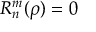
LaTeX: R _ { n } ^ { m } ( \rho ) = 0